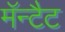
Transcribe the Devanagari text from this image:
मॅन्टैट